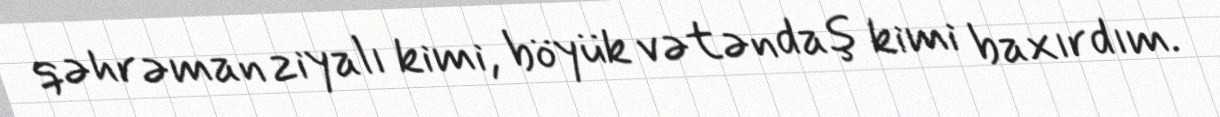
qəhrəman ziyalı kimi, böyük vətəndaş kimi baxırdım.